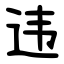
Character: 违